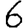
Digit: 6